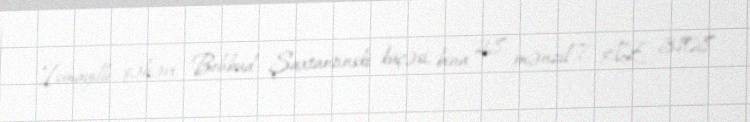
İsmayıllı şəhəri, Behbud Şaxtantinski küçəsi, bina 28, mənzil 7, AZ 3108